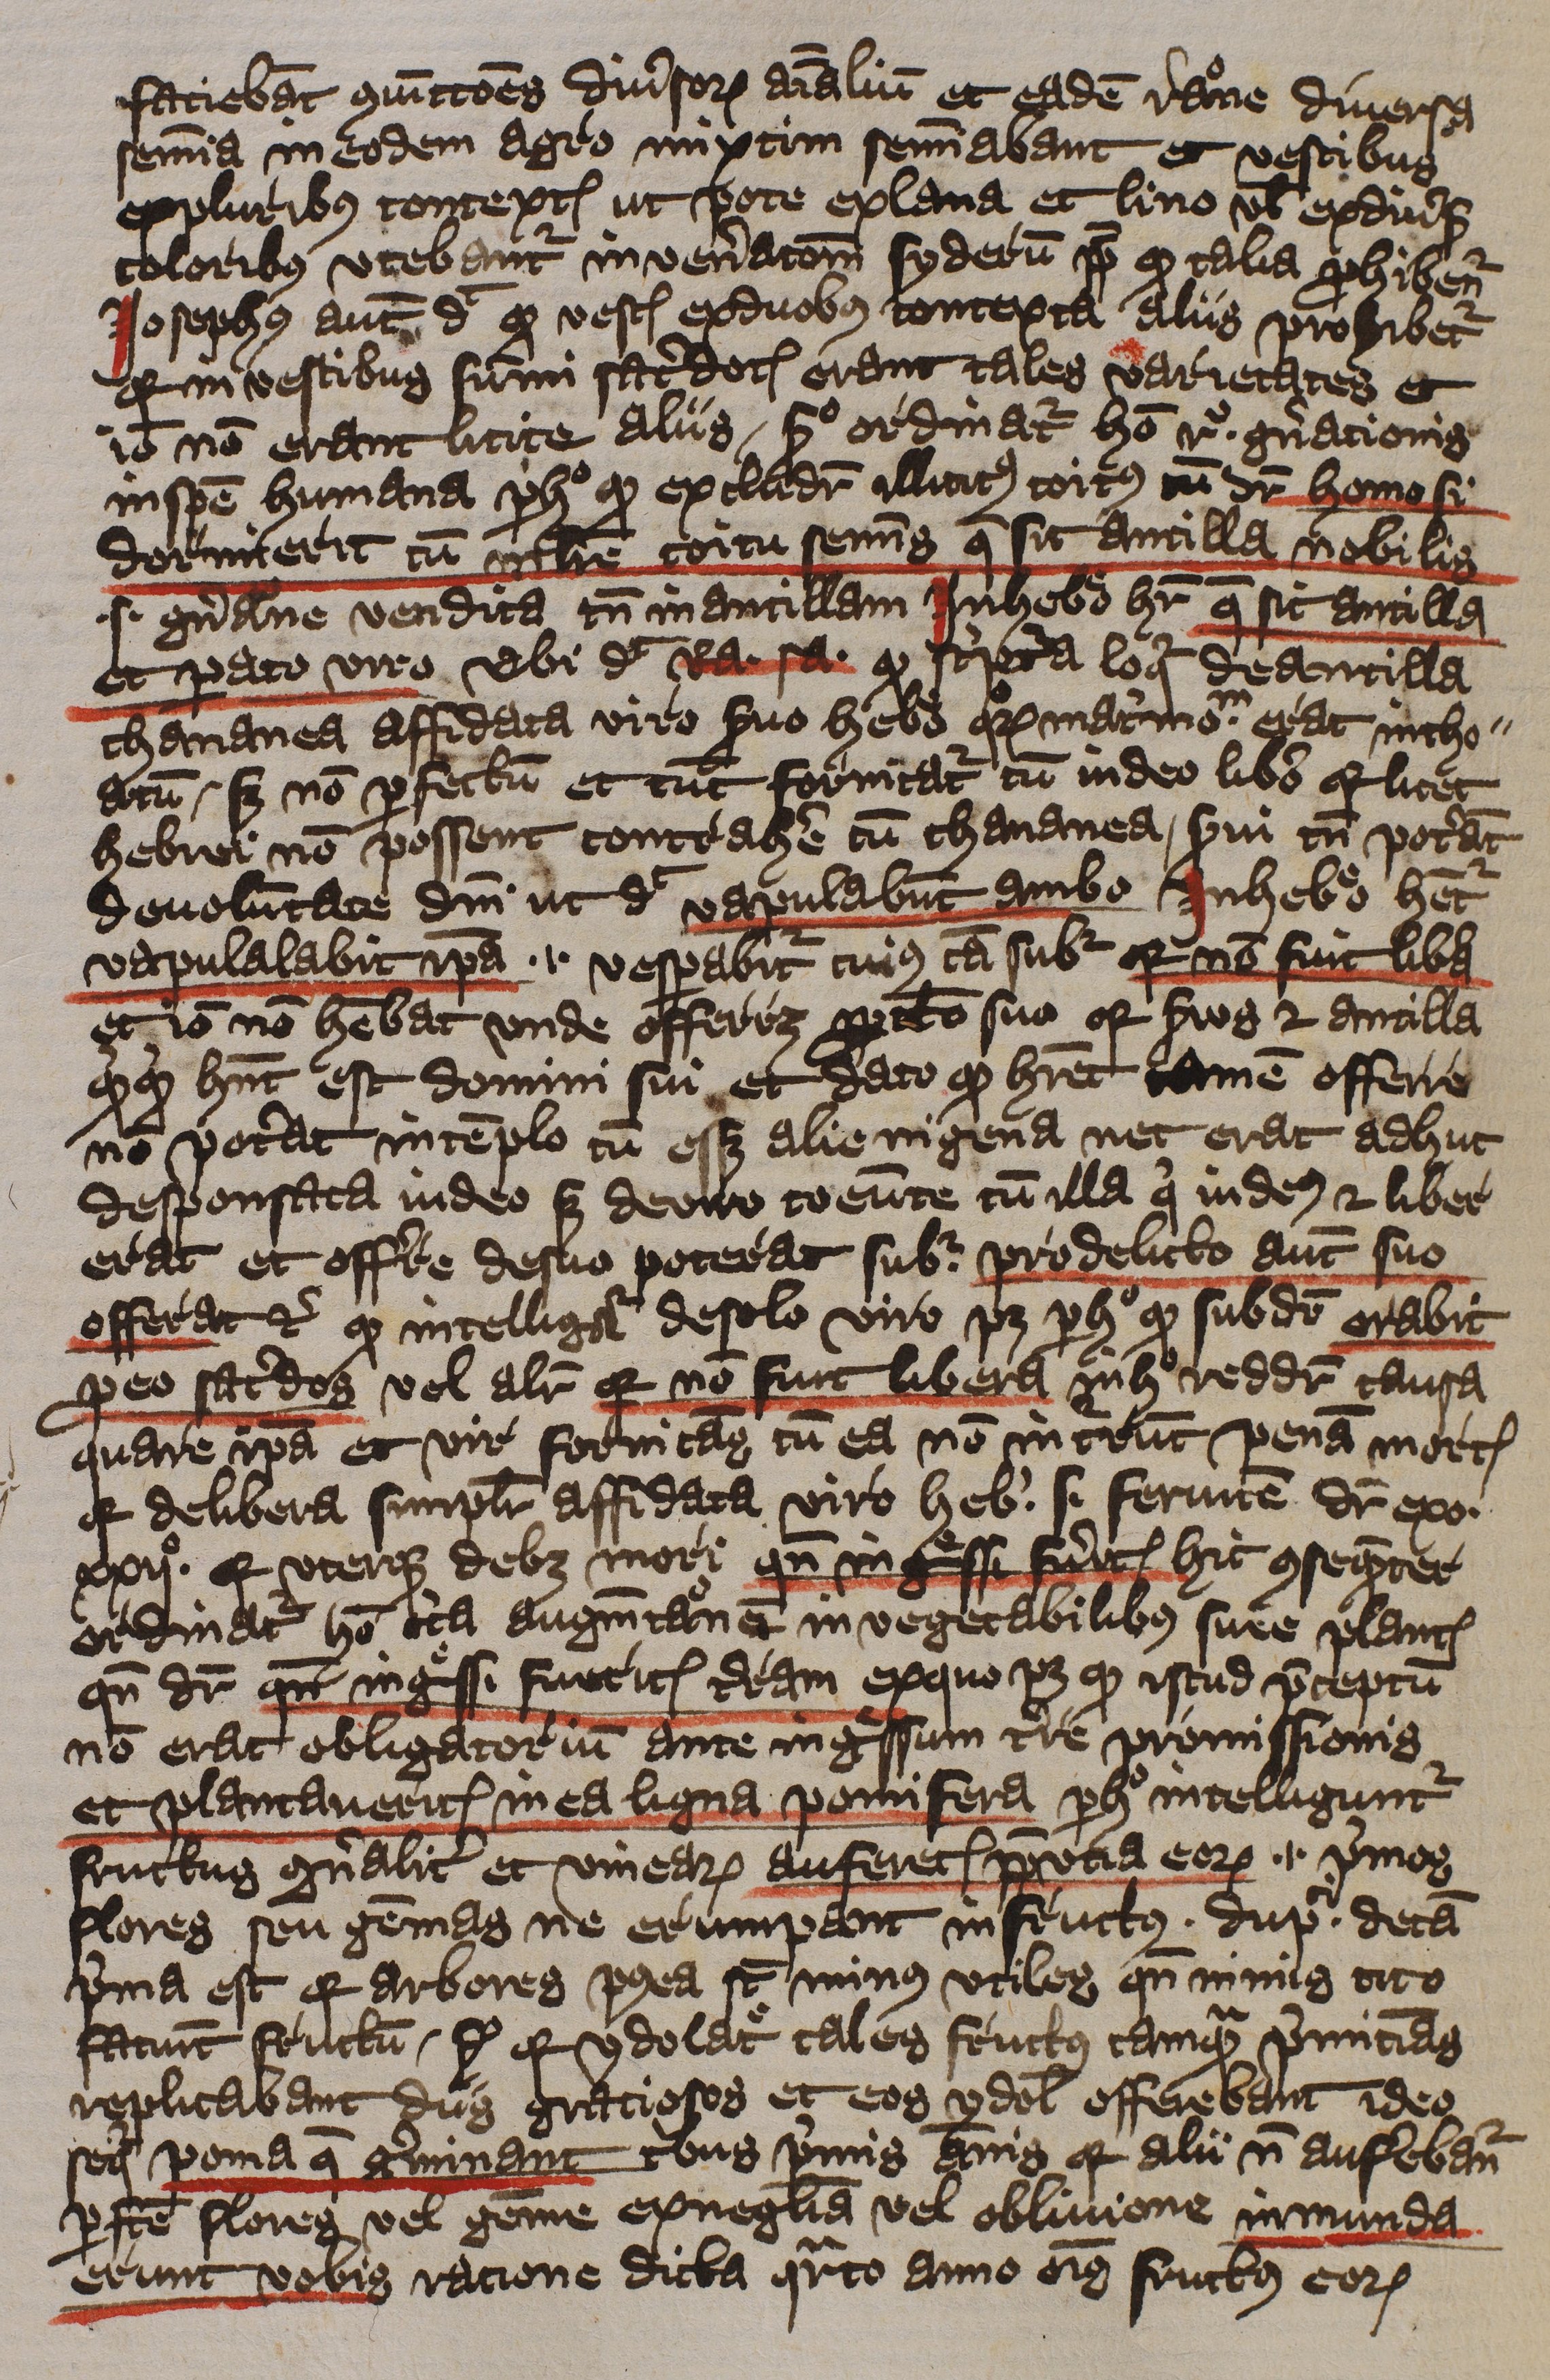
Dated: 1397–1397